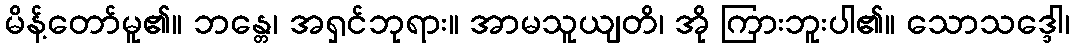
မိန့်တော်မူ၏။ ဘန္တေ၊ အရှင်ဘုရား။ အာမသူယျတိ၊ အို ကြားဘူးပါ၏။ သောသဒ္ဒေါ၊